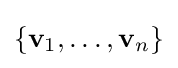
\{\mathbf {v} _{1},\ldots ,\mathbf {v} _{n}\}